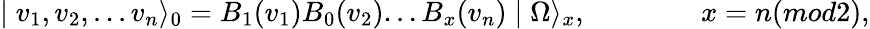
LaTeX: \mid v_{1},v_{2},...v_{n}\rangle_{0}=B_{1}(v_{1})B_{0}(v_{2})...B_{x}(v_{n})\mid\Omega\rangle_{x},\qquad\qquad x=n(mod2),